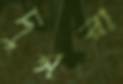
দুসরা